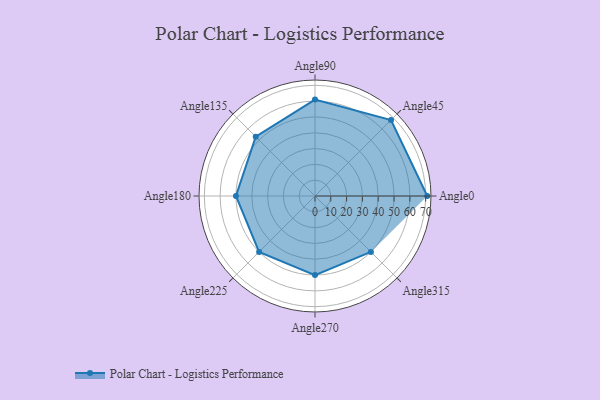
{"axis": {"x": "Angle", "y": "Radius"}, "legend": [""], "data": [{"x": "Angle0", "y": 71.0, "type": ""}, {"x": "Angle45", "y": 68.0, "type": ""}, {"x": "Angle90", "y": 61.0, "type": ""}, {"x": "Angle135", "y": 53.0, "type": ""}, {"x": "Angle180", "y": 50.0, "type": ""}, {"x": "Angle225", "y": 50, "type": ""}, {"x": "Angle270", "y": 50, "type": ""}, {"x": "Angle315", "y": 50, "type": ""}]}